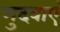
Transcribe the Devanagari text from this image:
गुदवाएं